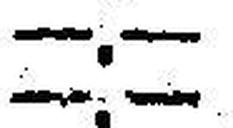
—.—